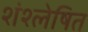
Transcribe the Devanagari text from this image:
शंश्लेषित